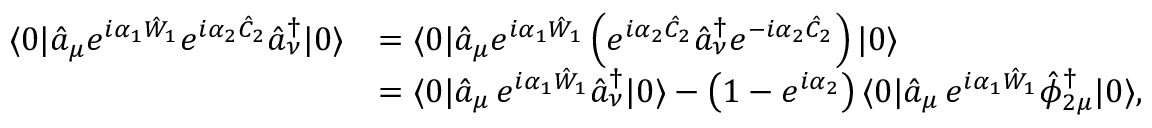
\begin{array} { r l } { \langle 0 | \hat { a } _ { \mu } e ^ { i \alpha _ { 1 } \hat { W } _ { 1 } } e ^ { i \alpha _ { 2 } \hat { C } _ { 2 } } \hat { a } _ { \nu } ^ { \dagger } | 0 \rangle } & { = \langle 0 | \hat { a } _ { \mu } e ^ { i \alpha _ { 1 } \hat { W } _ { 1 } } \left( e ^ { i \alpha _ { 2 } \hat { C } _ { 2 } } \hat { a } _ { \nu } ^ { \dagger } e ^ { - i \alpha _ { 2 } \hat { C } _ { 2 } } \right) | 0 \rangle } \\ & { = \langle 0 | \hat { a } _ { \mu } \, e ^ { i \alpha _ { 1 } \hat { W } _ { 1 } } \hat { a } _ { \nu } ^ { \dagger } | 0 \rangle - \left( 1 - e ^ { i \alpha _ { 2 } } \right) \langle 0 | \hat { a } _ { \mu } \, e ^ { i \alpha _ { 1 } \hat { W } _ { 1 } } \hat { \phi } _ { 2 \mu } ^ { \dagger } | 0 \rangle , } \end{array}